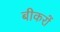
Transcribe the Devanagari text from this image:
बीकरों